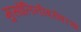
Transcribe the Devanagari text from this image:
मुसोलिनीबरोबरचा